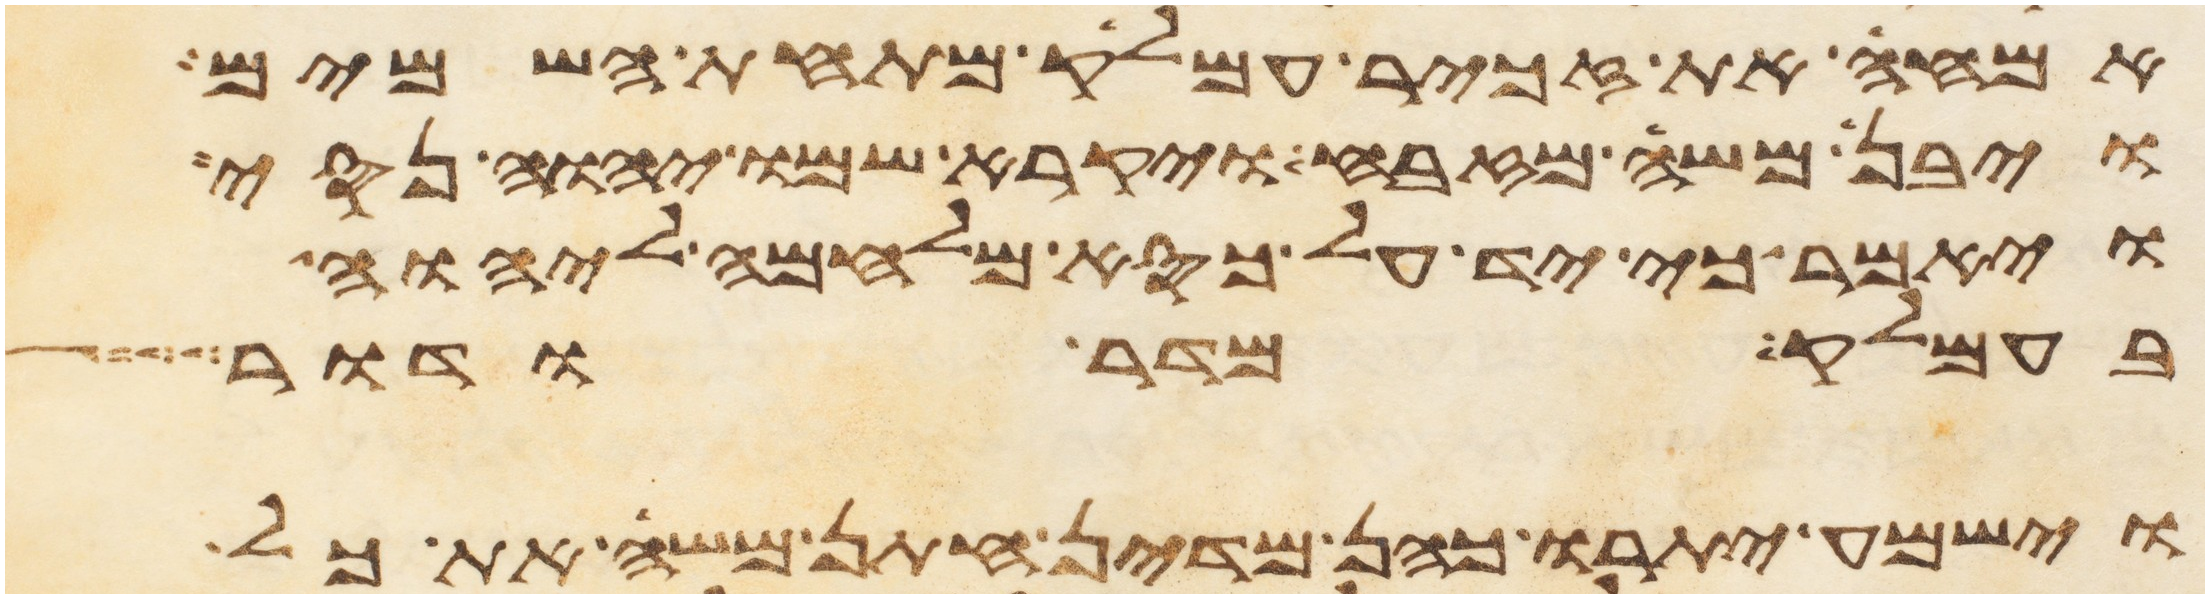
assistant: אמחה את זכר עמלק מתחת השמים
ויבן משה מזבח ויקרא שמו יהוה נסי
ויאמר כי יד על כסא מלחמה ליהוה
בעמלק מדר ודר
וישמע יתרו כהן מדין חתן משה את כל